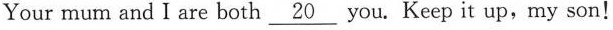
Your mum and I are both \underline{20} you. Keep it up,my son!